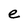
Character: e